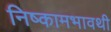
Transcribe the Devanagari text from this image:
निष्कामभावथी